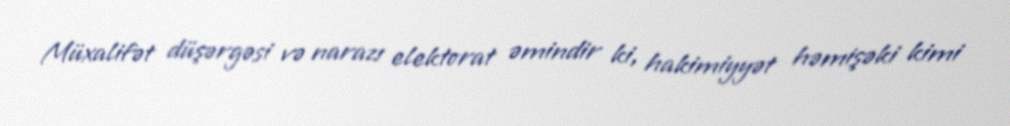
Müxalifət düşərgəsi və narazı elektorat əmindir ki, hakimiyyət həmişəki kimi